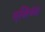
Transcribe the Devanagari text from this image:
एसियंट